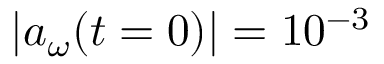
| a _ { \omega } ( t = 0 ) | = 1 0 ^ { - 3 }